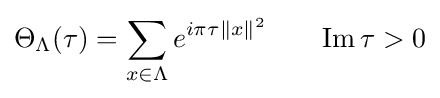
\Theta _{\Lambda }(\tau )=\sum _{x\in \Lambda }e^{i\pi \tau \|x\|^{2}}\qquad \mathrm {Im} \,\tau >0